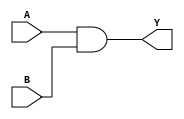
module and1(input wire A,B, output wire Y);
assign Y = A & B;
endmodule

module or1(input wire A,B, output wire Y);
assign Y = A | B;
endmodule

module not1(input wire A, output wire Y);
assign Y=~A;
endmodule

module xor1(input wire A,B, output wire C);
wire x,y,p,q;
not1 n1(A,x);
not1 n2(B,y);
and1 a1(B,x,p);
and1 a2(A,y,q);
or1 o1(p,q,C);
endmodule

module FA(input wire a, b, cin, output wire sum, cout);
wire x,y,p,q,r;
xor1 x0(a, b,x);
xor1 x1(x, cin, sum);
and1 a0(a, b, p);
and1 a1(a, cin, q);
and1 a2(b, cin, r);
or1 o0(p,q,y);
or1 o1(y,r, cout);
endmodule

module MUX2(input wire A,B,S, output wire Y);
assign Y=(S==0)?A:B;
endmodule

module addsub(input wire i0,i1,add_sub,cin,output wire cout,sumdiff);
	wire t;
	xor1 x2(i1,add_sub,t);
	FA f0(i0,t,cin,sumdiff,cout);
endmodule

module alu_slice(input wire [1:0]op,input wire i0,i1,cin,output wire o,cout);
	wire t_sumdiff,t_and,t_or,t_andor;
	addsub b1(i0,i1,op[0],cin,cout,sumdiff);
	and1 a4(i0,i1,t_and);
	or1 o2(i0,i1,t_or);	
	MUX2 m1(t_and,t_or,op[0],t_andor);
	MUX2 m2(t_andor,sumdiff,op[1],o);
endmodule

module alu (input wire [1:0] op, input wire [15:0] i0, i1,
    output wire [15:0] o, output wire cout);
	wire [14:0]c;
	alu_slice p0(op,i0[0],i1[0],op[0],o[0],c[0]);
	alu_slice p1(op,i0[1],i1[1],c[0],o[1],c[1]);
	alu_slice p2(op,i0[2],i1[2],c[1],o[2],c[2]);
	alu_slice p3(op,i0[3],i1[3],c[2],o[3],c[3]);
	alu_slice p4(op,i0[4],i1[4],c[3],o[4],c[4]);
	alu_slice p5(op,i0[5],i1[5],c[4],o[5],c[5]);
	alu_slice p6(op,i0[6],i1[6],c[5],o[6],c[6]);
	alu_slice p7(op,i0[7],i1[7],c[6],o[7],c[7]);			
	alu_slice p8(op,i0[8],i1[8],c[7],o[8],c[8]);
	alu_slice p9(op,i0[9],i1[9],c[8],o[9],c[9]);
	alu_slice p10(op,i0[10],i1[10],c[9],o[10],c[10]);
	alu_slice p11(op,i0[11],i1[11],c[10],o[11],c[11]);
	alu_slice p12(op,i0[12],i1[12],c[11],o[12],c[12]);
	alu_slice p13(op,i0[13],i1[13],c[12],o[13],c[13]);
	alu_slice p14(op,i0[14],i1[14],c[13],o[14],c[14]);
	alu_slice p15(op,i0[15],i1[15],c[14],o[15],cout);
endmodule